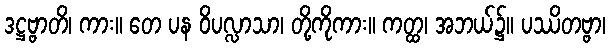
ဒဋ္ဌဗ္ဗာတိ၊ ကား။ တေ ပန ဝိပလ္လာသာ၊ တို့ကိုကား။ ကတ္ထ၊ အဘယ်၌။ ပဿိတဗ္ဗာ၊